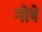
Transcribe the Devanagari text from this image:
गोषे